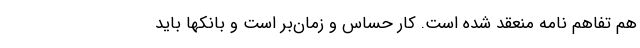
هم تفاهم نامه منعقد شده است. کار حساس و زمان‌بر است و بانکها باید